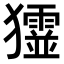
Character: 𤣋